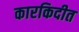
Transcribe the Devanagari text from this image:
कारकिदीत